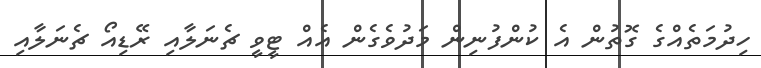
ހިދުމަތެއްގެ ގޮތުން އެ ކުންފުނިން މަދުވެގެން އެއް ޓީވީ ޗެނަލާއި ރޭޑިއޯ ޗެނަލާއި